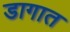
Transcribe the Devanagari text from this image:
डागात